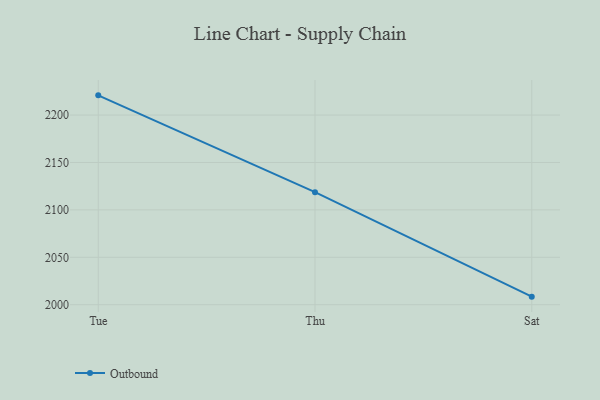
{"axis": {"x": "Day", "y": "Budget (USD K)"}, "legend": ["Outbound"], "data": [{"x": "Tue", "y": 2220.8, "type": "Outbound"}, {"x": "Thu", "y": 2118.7, "type": "Outbound"}, {"x": "Sat", "y": 2008.5, "type": "Outbound"}]}